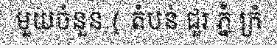
មួយចំនួន ( តំបន់ ជួរ ភ្នំ ក្រំ